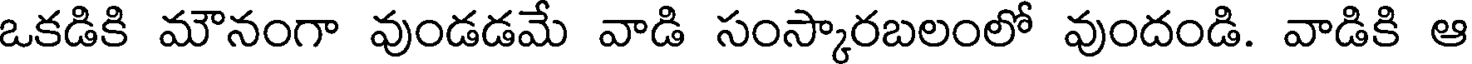
ఒకడికి మౌనంగా వుండడమే వాడి సంస్కారబలంలో వుందండి. వాడికి ఆ